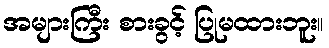
အများကြီး စားခွင့် ပြုမထားဘူး။